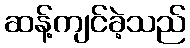
ဆန့်ကျင်ခဲ့သည်